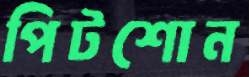
পিটশোন